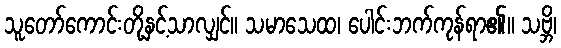
သူတော်ကောင်းတို့နှင့်သာလျှင်။ သမာသေထ၊ ပေါင်းဘက်ကုန်ရာ၏။ သဗ္ဘိ၊